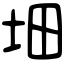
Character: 𡊰